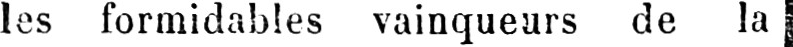
les formidables vainqueurs de la